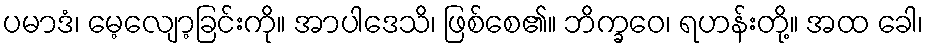
ပမာဒံ၊ မေ့လျော့ခြင်းကို။ အာပါဒေသိ၊ ဖြစ်စေ၏။ ဘိက္ခဝေ၊ ရဟန်းတို့။ အထ ခေါ၊